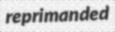
reprimanded